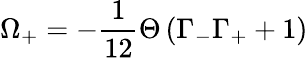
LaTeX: \Omega_{+}=-{\frac{1}{12}}\Theta\left(\Gamma_{-}\Gamma_{+}+1\right)